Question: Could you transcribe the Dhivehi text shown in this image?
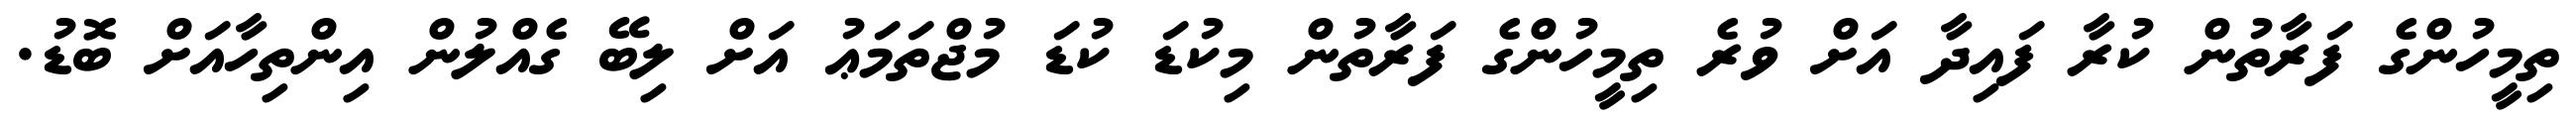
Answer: ތިމީހުންގެ ފަރާތުން ކުރާ ފައިދާ އަށް ވުރެ ތިމީހުންގެ ފަރާތުން މިކުޑަ ކުޑަ މުޖްތަމަޢު އަށް ލިބޭ ގެއްލުން އިންތިހާއަށް ބޮޑު.